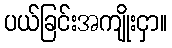
ပယ်ခြင်းအကျိုးငှာ။